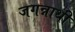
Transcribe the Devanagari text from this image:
जगन्नाथी